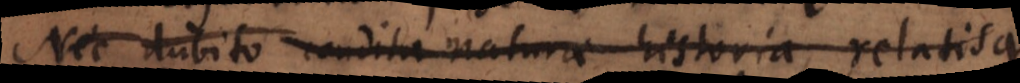
Nec dubito condita naturae historia, relatis